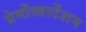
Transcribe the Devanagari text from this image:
प्रेमोंस्त्राटेंशन